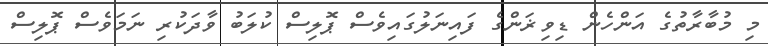
މި މުބާރާތުގެ އަންހެން ޑިވިޜަންގެ ފައިނަލުގައިވެސް ޕޮލިސް ކުލަބު ވާދަކުރި ނަމަވެސް ޕޮލިސް